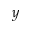
y